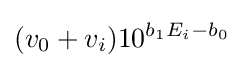
({v_{0}+v_{i}})10^{b_{1}E_{i}-b_{0}}